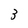
Character: 3